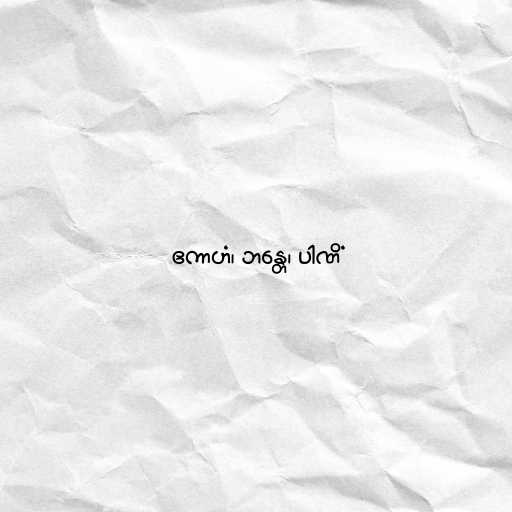
ဧကာဟံ၊ ဘန္တေ၊ ပါဏိံ